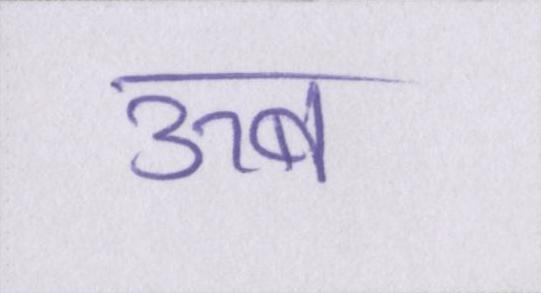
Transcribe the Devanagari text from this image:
ऊब